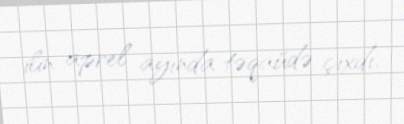
ilin aprel ayında təqaüdə çıxdı.